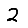
Digit: 2